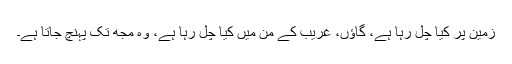
زمین پر کیا چل رہا ہے، گاؤں، غریب کے من میں کیا چل رہا ہے، وہ مجھ تک پہنچ جاتا ہے۔